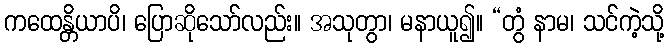
ကထေန္တိယာပိ၊ ပြောဆိုသော်လည်း။ အသုတွာ၊ မနာယူ၍။ “တွံ နာမ၊ သင်ကဲ့သို့